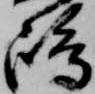
嶋